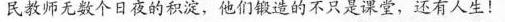
民教师无数个日夜的积淀，他们锻造的不只是课堂，还有人生！